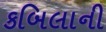
કબિલાની